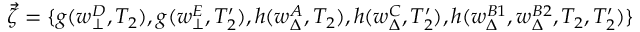
\begin{array} { r } { \vec { \zeta } = \{ g ( w _ { \bot } ^ { D } , T _ { 2 } ) , g ( w _ { \bot } ^ { E } , T _ { 2 } ^ { \prime } ) , h ( w _ { \Delta } ^ { A } , T _ { 2 } ) , h ( w _ { \Delta } ^ { C } , T _ { 2 } ^ { \prime } ) , h ( w _ { \Delta } ^ { B 1 } , w _ { \Delta } ^ { B 2 } , T _ { 2 } , T _ { 2 } ^ { \prime } ) \} } \end{array}